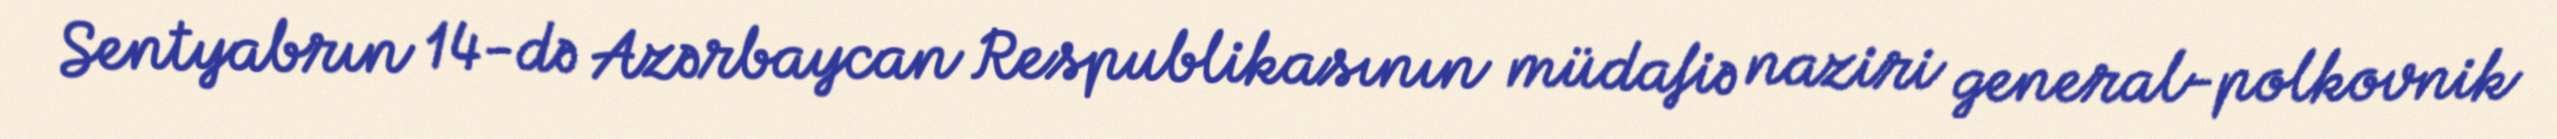
Sentyabrın 14-də Azərbaycan Respublikasının müdafiə naziri general-polkovnik